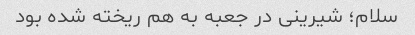
سلام؛ شیرینی در جعبه به هم ریخته شده بود